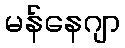
မန်နေဂျာ